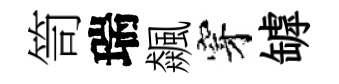
笥瑞飆穿罅